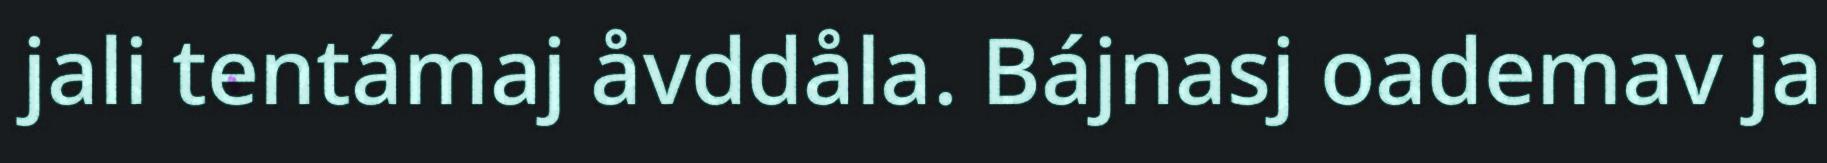
jali tentámaj åvddåla. Bájnasj oademav ja